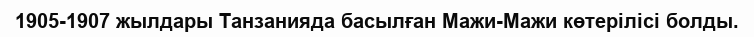
1905-1907 жылдары Танзанияда басылған Мажи-Мажи көтерілісі болды.